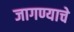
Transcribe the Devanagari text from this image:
जागण्याचे